Leaving Certificate Examination, 1915
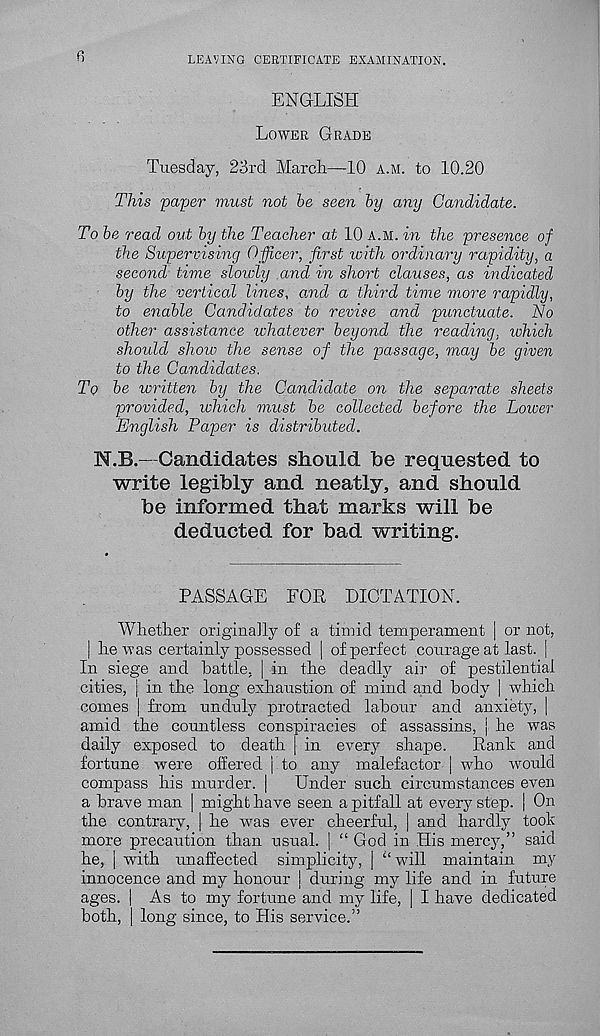
LEAVING CERTIFICATE EXAMINATION.
ENGLISH
LOWER GRADE
Tuesday, 23rd March—10 A.M. to 10.20
This paper must not be seen by any Candidate.
To be read out by the Teacher at 10 A.M. in the presence of
the Supervising Officer, first with ordinary rapidity, a
second time slowly and in short clauses, as indicated
by the vertical lines, and a third time more rapidly,
to enable Candidates to revise and punctuate. No
other assistance whatever beyond the reading, which
should show the sense of the passage, may be given
to the Candidates.
To be written by the Candidate on the separate sheets
provided, which must be collected before the Lower
English Paper is distributed.
N.B.— Candidates should be requested to
write legibly and neatly, and should
be informed that marks will be
deducted for bad writing.
PASSAGE FOR DICTATION.
Whether originally of a timid temperament | or not,
| he was certainly possessed | of perfect courage at last. |
In siege and battle, | in the deadly air of pestilential
cities, | in the long exhaustion, of mind and body | which
comes | from unduly protracted labour and anxiety, |
amid the countless conspiracies of assassins, | he was
daily exposed to death | in every shape. Rank and
fortune were offered | to any malefactor | who would
compass his murder. | Under such circumstances even
a brave man | might have seen a pitfall at every step. | On
the contrary, | he was ever cheerful, | and hardly took
more precaution than usual. | “ God in His mercy,” said
he, | with unaffected simplicity, | “will maintain my
innocence and my honour | during my life and in future
ages. | As to my fortune and my life, | I have dedicated
both, [ long since, to His service.”